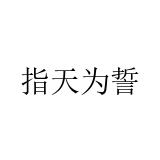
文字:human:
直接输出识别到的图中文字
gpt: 指天为誓